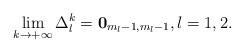
LaTeX: \begin{align*}\lim_{k\rightarrow+\infty}\Delta_{l}^{k}=\mathbf{0}_{m_{l}-1,m_{l}-1},l=1,2.\end{align*}